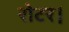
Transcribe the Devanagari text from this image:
रोटर।